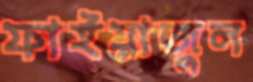
ফাইয়াজুল